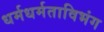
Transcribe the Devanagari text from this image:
धर्मधर्मताविभंग